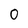
Character: 0